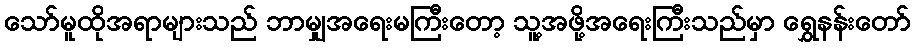
သော်မူထိုအရာများသည် ဘာမျှအရေးမကြီးတော့ သူ့အဖို့အရေးကြီးသည်မှာ ရွှေနန်းတော်